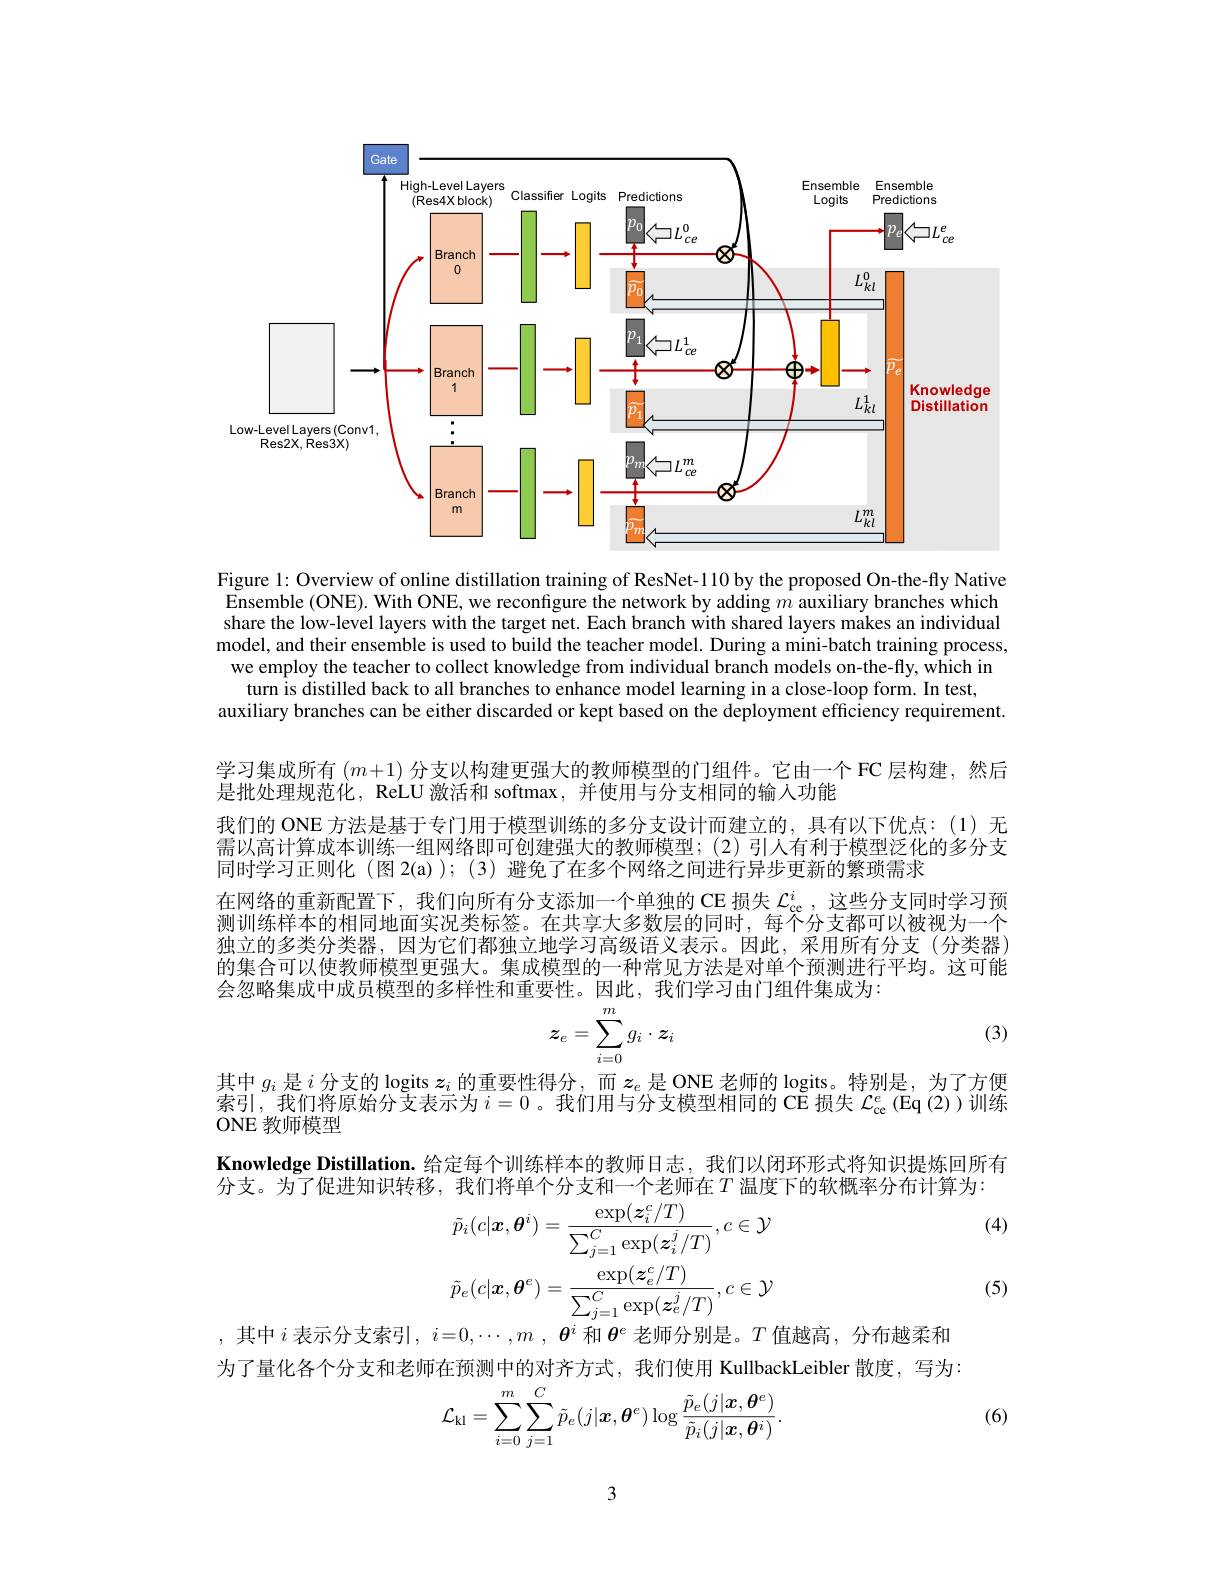
<FigureHere>

Figure l: Overview of online distillation training of ResNet-110 by the proposed On-the-fly Native Ensemble (ONE). With ONE, we reconfigure the network by adding $m$ auxiliary branches which share the low-level layers with the target net. Each branch with shared layers makes an individual model, and their ensemble is used to build the teacher model. During a mini-batch training process, we employ the teacher to collect knowledge from individual branch models on-the-fly, which in turn is distilled back to all branches to enhance model learning in a close-loop form. In test,
auxiliary branches can be either discarded or kept based on the deployment efficiency requirement.

学习集成所有$(m+1)$分支以构建更强大的教师模型的门组件。它由一个 FC 层构建，然后
是批处理规范化，ReLU 激活和 softmax,并使用与分支相同的输入功能
我们的 ONE 方法是基于专门用于模型训练的多分支设计而建立的，具有以下优点：(1)无需以高计算成本训练一组网络即可创建强大的教师模型；(2)引入有利于模型泛化的多分支同时学习正则化 (图 2(a) ); (3) 避免了在多个网络之间进行异步更新的繁琐需求
在网络的重新配置下，我们向所有分支添加一个单独的 CE 损失$\mathcal{L}_\mathrm{ce}^i$ ,这些分支同时学习预测训练样本的相同地面实况类标签。在共享大多数层的同时，每个分支都可以被视为一个独立的多类分类器，因为它们都独立地学习高级语义表示。因此，采用所有分支(分类器) 的集合可以使教师模型更强大。集成模型的一种常见方法是对单个预测进行平均。这可能会忽略集成中成员模型的多样性和重要性。因此，我们学习由门组件集成为：
(3)
$$z_e=\sum_{i=0}^mg_i\cdot z_i$$
其中$g_i$是$i$分支的 logits $z_i$的重要性得分，而$z_e$是 ONE 老师的 logits。特别是，为了方便索引，我们将原始分支表示为 $i=0$。我们用与分支模型相同的 CE 损失 $\mathcal{L}_\mathrm{ce}^e\left(\operatorname{Eq}\left(2\right)\right)$训练ONE 教师模型
Knowledge Distillation. 给定每个训练样本的教师日志，我们以闭环形式将知识提炼回所有
$\bar{\text{分支。为了促进知识转移，我们将单个分支和一个老师在}T}$温度下的软概率分布计算为：
$$\tilde{p}_{i}(c|\boldsymbol{x},\boldsymbol{\theta}^{i})=\frac{\exp(\boldsymbol{z}_{i}^{c}/T)}{\sum_{j=1}^{C}\exp(\boldsymbol{z}_{i}^{j}/T)},c\in\mathcal{Y}\\\tilde{p}_{e}(c|\boldsymbol{x},\boldsymbol{\theta}^{e})=\frac{\exp(\boldsymbol{z}_{e}^{c}/T)}{\sum_{j=1}^{C}\exp(\boldsymbol{z}_{e}^{j}/T)},c\in\mathcal{Y}\\$$
(4)

(5)

,其中$i$表示分支索引$,i=0,\cdots,m,\boldsymbol{\theta}^i$和$\boldsymbol{\theta}^e$老师分别是。$T$值越高，分布越柔和为了量化各个分支和老师在预测中的对齐方式，我们使用 KullbackLeibler 散度，写为：
$$\mathcal{L}_{\mathrm{kl}}=\sum_{i=0}^{m}\sum_{j=1}^{C}\tilde{p}_{e}(j|\boldsymbol{x},\boldsymbol{\theta}^{e})\log\frac{\tilde{p}_{e}(j|\boldsymbol{x},\boldsymbol{\theta}^{e})}{\tilde{p}_{i}(j|\boldsymbol{x},\boldsymbol{\theta}^{i})}.$$
(6)

3